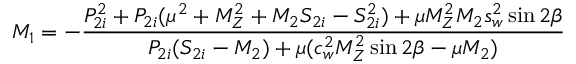
M _ { 1 } = - \frac { P _ { 2 i } ^ { 2 } + P _ { 2 i } ( \mu ^ { 2 } + M _ { Z } ^ { 2 } + M _ { 2 } S _ { 2 i } - S _ { 2 i } ^ { 2 } ) + \mu M _ { Z } ^ { 2 } M _ { 2 } s _ { w } ^ { 2 } \sin 2 \beta } { P _ { 2 i } ( S _ { 2 i } - M _ { 2 } ) + \mu ( c _ { w } ^ { 2 } M _ { Z } ^ { 2 } \sin 2 \beta - \mu M _ { 2 } ) }